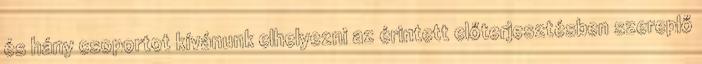
és hány csoportot kívánunk elhelyezni az érintett előterjesztésben szereplő